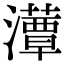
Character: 𤂹